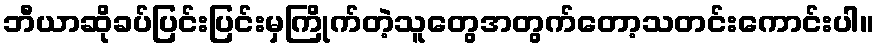
ဘီယာဆိုခပ်ပြင်းပြင်းမှကြိုက်တဲ့သူတွေအတွက်တော့သတင်းကောင်းပါ။